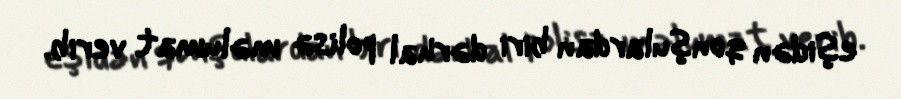
eşidən qonşulardan biri dərhal polisə məlumat verib.